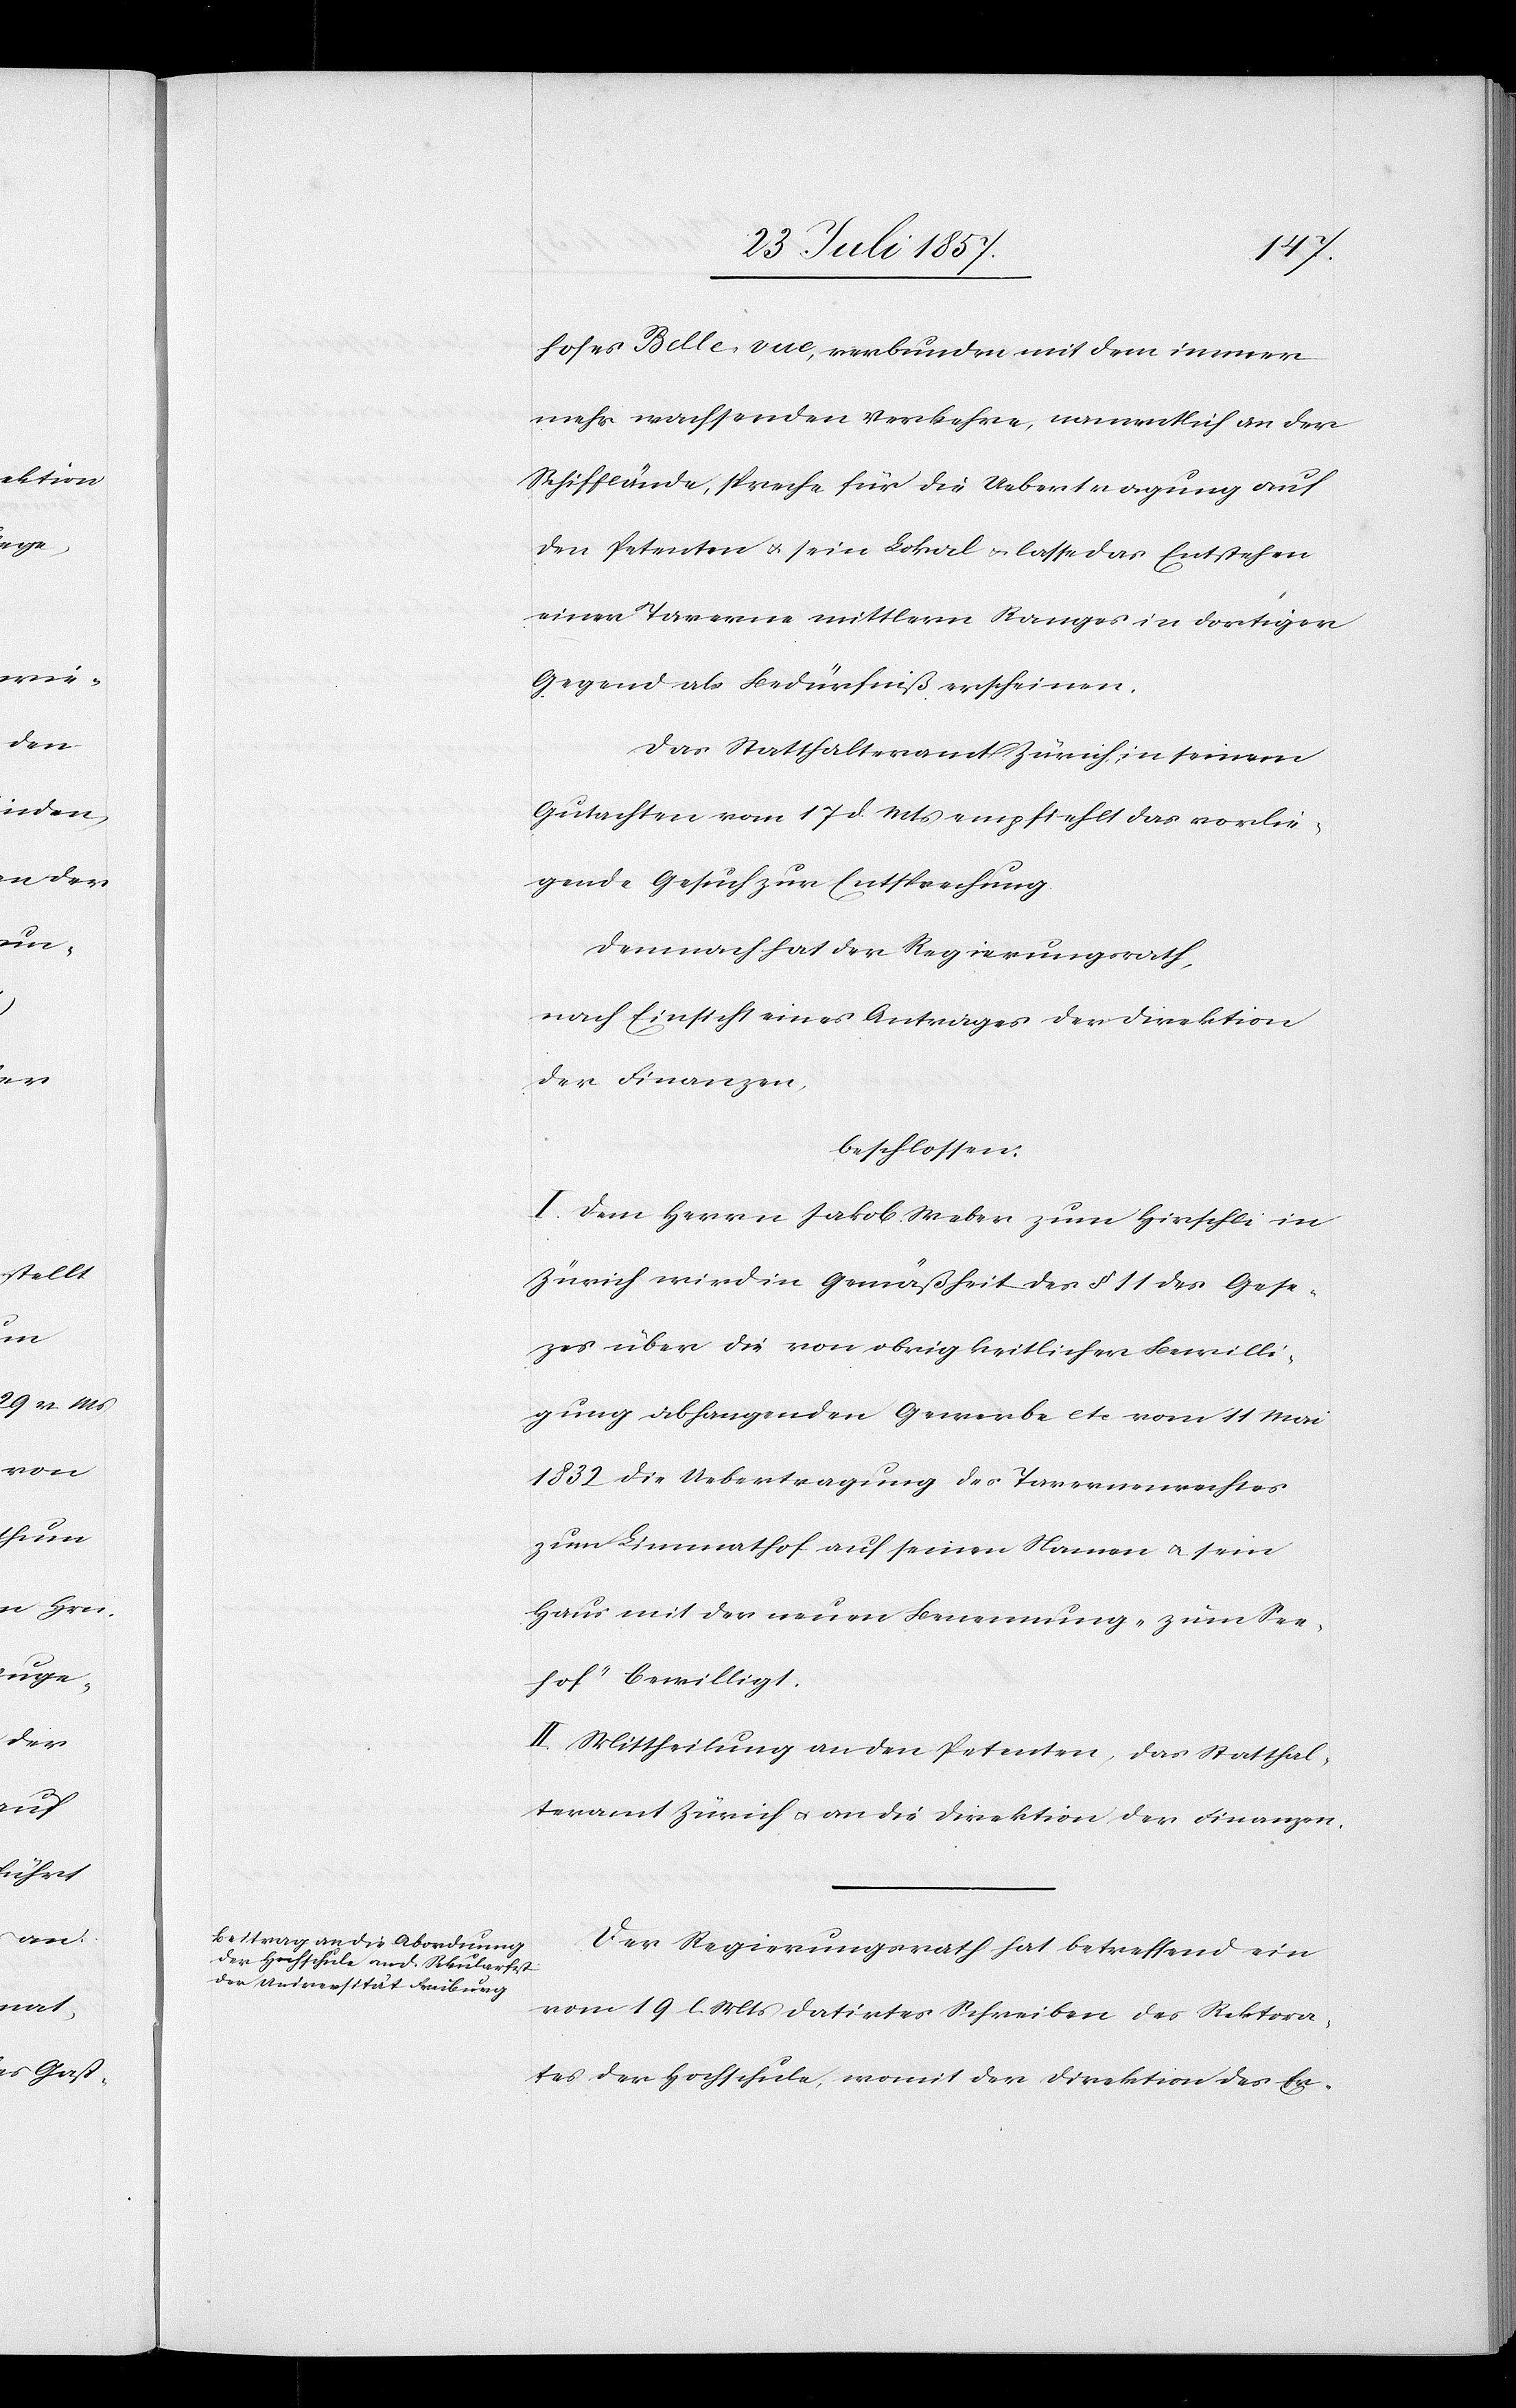
hofes Bellevue, verbunden mit dem immer
mehr wachsenden Verkehre, namentlich an der
Schifflände, spreche für die Uebertragung auf
den Petenten & sein Lokal & lasse das Entsprechen
einer Taverne mittlern Ranges in dortiger
Gegend als Bedürfniß erscheinen.
Das Statthalteramt Zürich, in seinem
Gutachten vom 17 d. Mts. empfiehlt das vorlie¬
gende Gesuch zur Entsprechung.
Demnach hat der Regierungsrath,
nach Einsicht eines Antrages der Direktion
der Finanzen,
beschlossen:
I. Dem Herrn Jakob Weber zum Hirschli in
Zürich wird in Gemäßheit des § 11 des Ges¬
e[t]zes über die von obrigkeitlicher Bewilli¬
gung abhangenden Gewerbe etc vom 11 Mai
1832 die Uebertragung des Tavernenrechtes
zum Limmathof auf seinen Namen & sein
Haus mit der neuen Benennung „zum See¬
hof“ bewilligt.
II. Mittheilung an den Petenten, das Statthal¬
teramt Zürich & an die Direktion der Finanzen.
Der Regierungsrath hat betreffend ein
vom 19 l. Mts. datirtes Schreiben des Rektora¬
tes der Hochschule, womit der Direktion des Er-